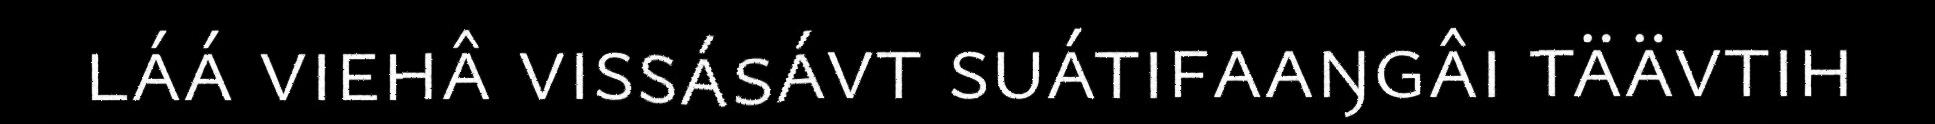
láá viehâ vissásávt suátifaaŋgâi täävtih